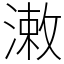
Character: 潄